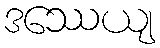
ဒဿေယျ